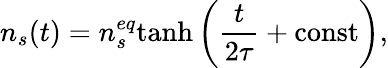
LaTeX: n_{s}(t)=n_{s}^{eq}\mathrm{tanh}\left(\frac{t}{2\tau}+\mathrm{const}\right),